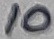
Text: 10